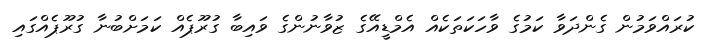
ކުރައްވަމުން ގެންދަވާ ކަމުގެ ވާހަކަތަކެއް އެމްޑީއޭގެ ޒުވާނުންގެ ވައިބާ ގުރޫޕެއް ކަމަށްބުނާ ގުރޫޕެއްގައި